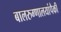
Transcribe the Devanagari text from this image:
बालरुग्णालयांपैकी